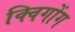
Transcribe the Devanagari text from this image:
क्विगोंग